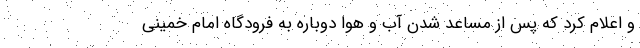
و اعلام کرد که پس از مساعد شدن آب و هوا دوباره به فرودگاه امام خمینی